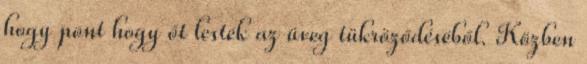
hogy pont hogy őt lesték az üveg tükröződéséből. Közben